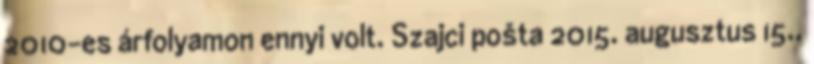
2010-es árfolyamon ennyi volt. Szajci pošta 2015. augusztus 15.,